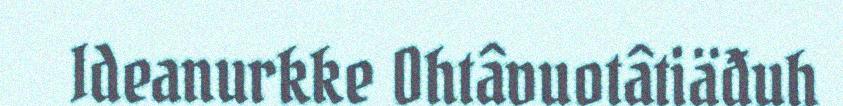
Ideanurkke Ohtâvuotâtiäđuh